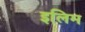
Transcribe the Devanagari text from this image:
इलिम